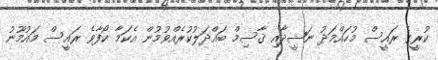
ކުރީގެ ރައީސް މުހައްމަދު ނަޝީދާއި ޤާސިމް ބައްދަލުކުރެއްވުމުން އެކަމާ ކޯފާވެ ރައީސް މައުމޫނު